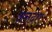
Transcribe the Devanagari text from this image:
अनदार